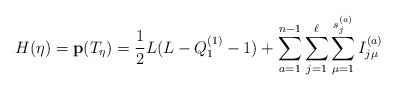
\begin{align*}H(\eta)={\bf p}(T_{\eta})={1\over2}L(L-Q_1^{(1)}-1)+\sum_{a=1}^{n-1}\sum_{j=1}^{\ell}\sum_{\mu=1}^{s_j^{(a)}} I_{j \mu}^{(a)}\end{align*}